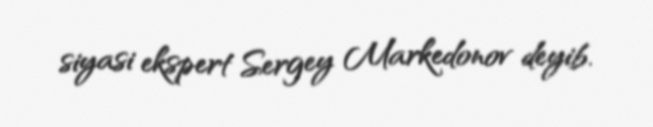
siyasi ekspert Sergey Markedonov deyib.